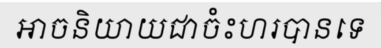
អាចនិយាយជាចំះហរបានទេ